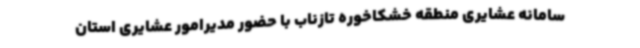
سامانه عشایری منطقه خشکاخوره تازناب با حضور مدیرامور عشایری استان